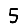
Digit: 5